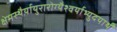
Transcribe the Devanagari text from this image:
क्षेमस्थैर्यायुरारोग्यैश्वर्याभ्युदयार्थं